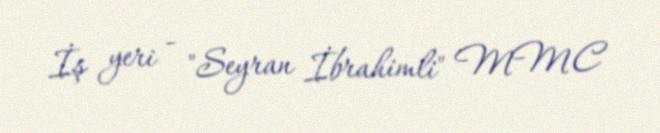
İş yeri - "Seyran İbrahimli" MMC